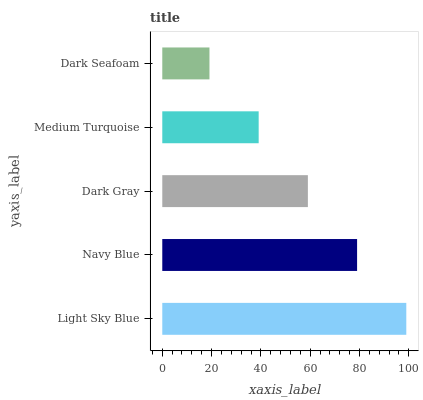
| yaxis_label | bars |
 | --- | --- |
 | Light Sky Blue | 99 |
 | Navy Blue | 79 |
 | Dark Gray | 59.1 |
 | Medium Turquoise | 39.1 |
 | Dark Seafoam | 19.1 |